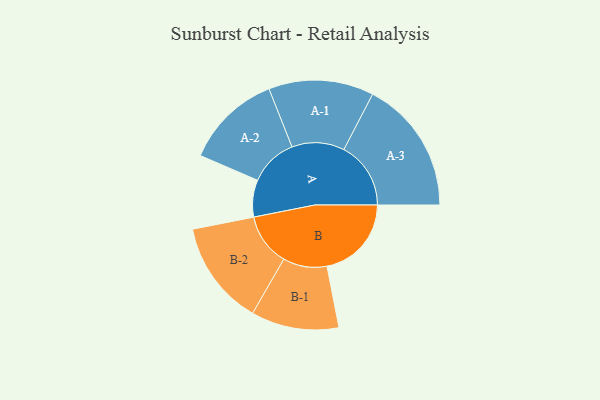
{"axis": {"x": "Segment", "y": "Value"}, "legend": ["", "A", "B"], "data": [{"x": "A", "y": 154, "type": ""}, {"x": "B", "y": 352, "type": ""}, {"x": "A-1", "y": 219, "type": "A"}, {"x": "A-2", "y": 201, "type": "A"}, {"x": "A-3", "y": 279, "type": "A"}, {"x": "B-1", "y": 183, "type": "B"}, {"x": "B-2", "y": 218, "type": "B"}]}